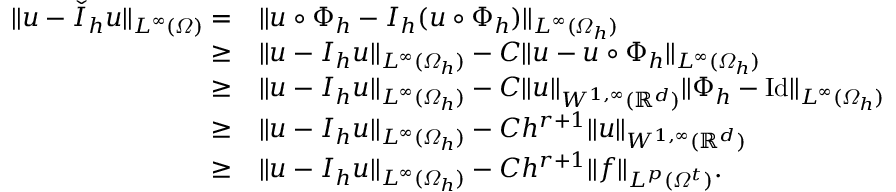
\begin{array} { r l } { \| u - \check { I } _ { h } u \| _ { L ^ { \infty } ( \varOmega ) } = } & { \| u \circ \Phi _ { h } - I _ { h } ( u \circ \Phi _ { h } ) \| _ { L ^ { \infty } ( \varOmega _ { h } ) } } \\ { \geq } & { \| u - I _ { h } u \| _ { L ^ { \infty } ( \varOmega _ { h } ) } - C \| u - u \circ \Phi _ { h } \| _ { L ^ { \infty } ( \varOmega _ { h } ) } } \\ { \geq } & { \| u - I _ { h } u \| _ { L ^ { \infty } ( \varOmega _ { h } ) } - C \| u \| _ { W ^ { 1 , \infty } ( \mathbb { R } ^ { d } ) } \| \Phi _ { h } - \mathrm { I d } \| _ { L ^ { \infty } ( \varOmega _ { h } ) } } \\ { \geq } & { \| u - I _ { h } u \| _ { L ^ { \infty } ( \varOmega _ { h } ) } - C h ^ { r + 1 } \| u \| _ { W ^ { 1 , \infty } ( \mathbb { R } ^ { d } ) } } \\ { \geq } & { \| u - I _ { h } u \| _ { L ^ { \infty } ( \varOmega _ { h } ) } - C h ^ { r + 1 } \| f \| _ { L ^ { p } ( \varOmega ^ { t } ) } . } \end{array}